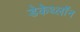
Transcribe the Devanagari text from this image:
डेकेथ्लॉन